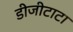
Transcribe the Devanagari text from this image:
डीजीटाटा